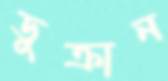
ডুক্‌রান